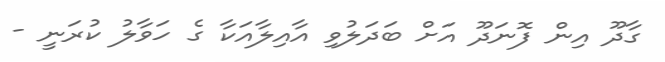
ގާދޫ އިން ފޮނަދޫ އަށް ބަދަލުވި އާއިލާއަކާ ގެ ހަވާލު ކުރަނީ -